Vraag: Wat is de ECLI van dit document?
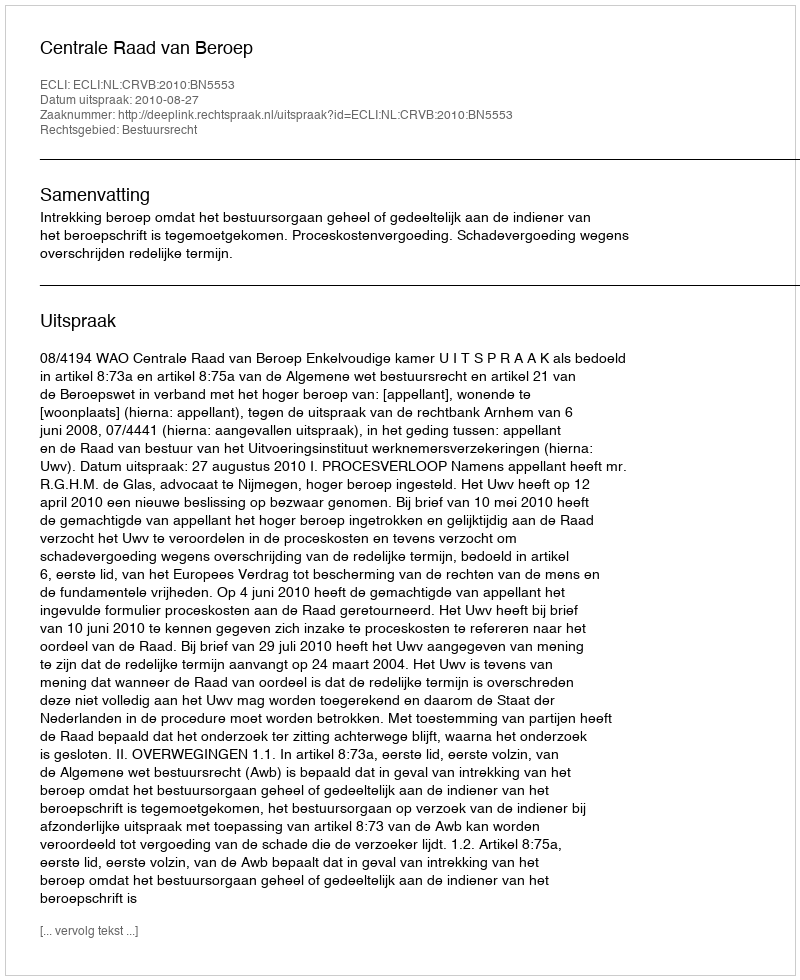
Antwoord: ECLI:NL:CRVB:2010:BN5553